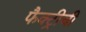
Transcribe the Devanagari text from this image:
फैक्ट्रीची